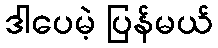
ဒါပေမဲ့ ပြန်မယ်